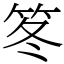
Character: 笗